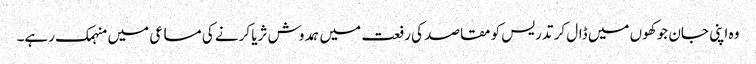
وہ اپنی جان جوکھوں میں ڈال کر تدریس کو مقاصد کی رفعت میں ہمدوش ثریا کرنے کی مساعی میں منہمک رہے۔